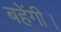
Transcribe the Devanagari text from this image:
बहेंगी।